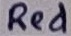
Text: Red